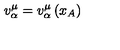
v _ { \alpha } ^ { \mu } = v _ { \alpha } ^ { \mu } \left( x _ { A } \right)